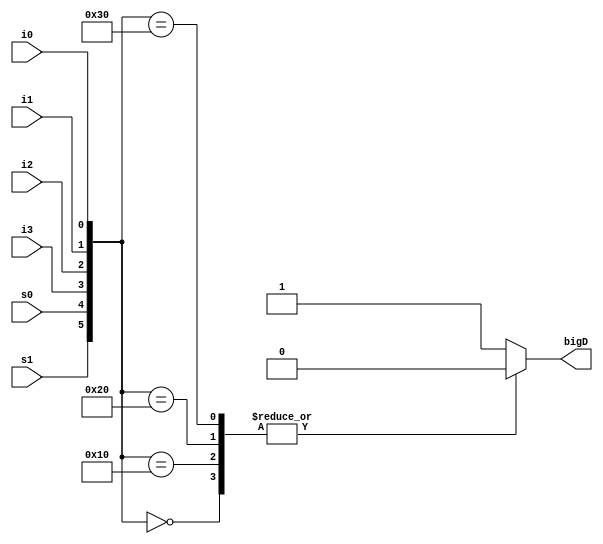
`timescale 1ns / 1ps
//////////////////////////////////////////////////////////////////////////////////
// Company: 
// Engineer: 
// 
// Design Name: 
// Module Name: Mux_behavorial
// Project Name: 
// Target Devices: 
// Tool Versions: 
// Description: 
// 
// Dependencies: 
// 
// Revision:
// Revision 0.01 - File Created
// Additional Comments:
// 
//////////////////////////////////////////////////////////////////////////////////


module Mux_behavorial(
        input s1,
        input s0,
        input i3,
        input i2,
        input i1,
        input i0,
        output reg bigD
    );
    // sensitivity, react to it whenever it changes
    // specifies beahvior as response to input
    // which inputs are sensitive
    always @(s1, s0, i3, i2, i1, i0)
    begin
    
    bigD = 1;
    
    case({s1,s0, i3, i2, i1, i0})
    6'b000000 : bigD = 0;
    6'b000001 : bigD = 1;
    6'b010000 : bigD = 0;
    6'b010010 : bigD = 1;
    6'b100000 : bigD = 0;
    6'b100100 : bigD = 1;
    6'b110000 : bigD = 0;
    6'b111000 : bigD = 1;
    default : begin
                bigD = 1;
                end
    endcase
    end
        
endmodule